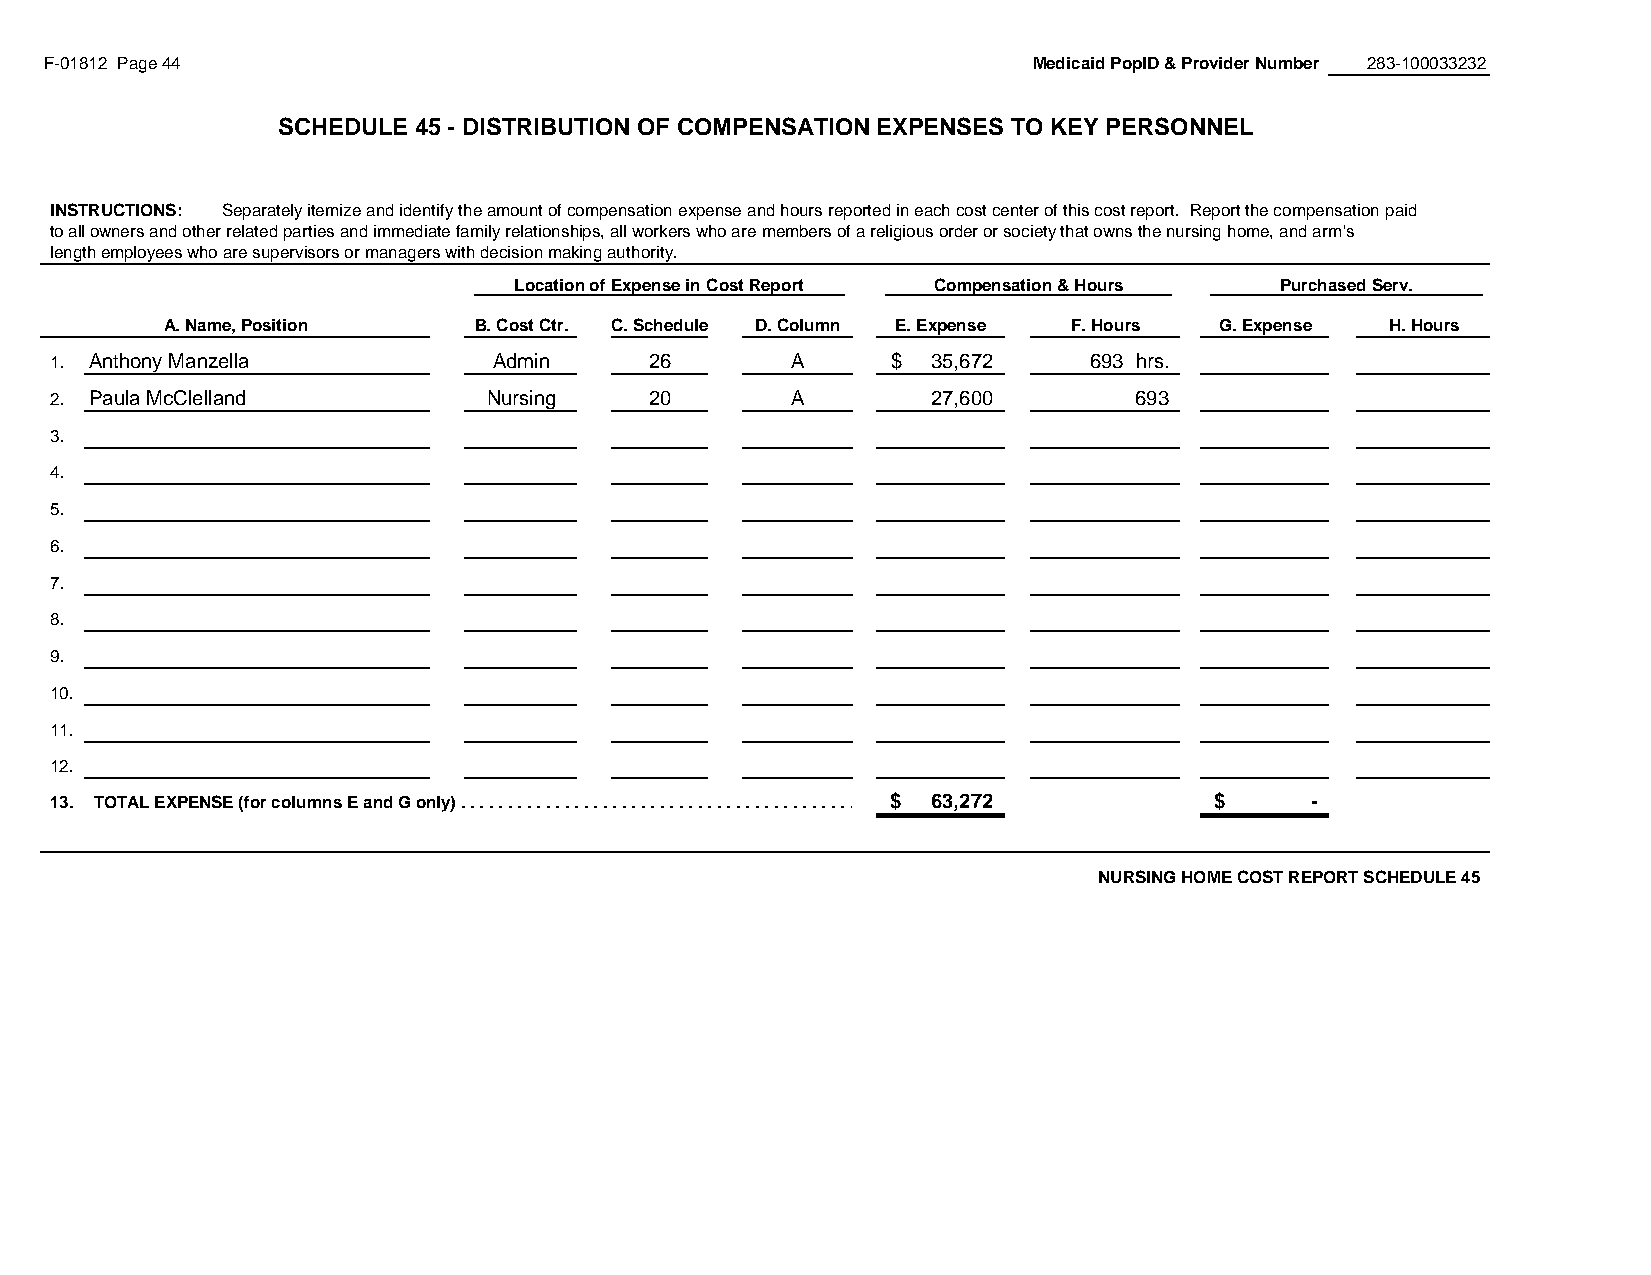
F-01812 Page 44                                                  Medicaid PopID & Provider Number 283-100033232
 SCHEDULE 45 - DISTRIBUTION OF COMPENSATION EXPENSES TO KEY PERSONNEL
 #REF!
 INSTRUCTIONS: Separately itemize and identify the amount of compensation expense and hours reported in each cost center of this cost report. Report the compensation paid
 to all owners and other related parties and immediate family relationships, all workers who are members of a religious order or society that owns the nursing home, and arm's
 length employees who are supervisors or managers with decision making authority.
 Location of Expense in Cost Report Compensation & Hours Purchased Serv.
 A. Name, Position   B. Cost Ctr. C. Schedule D. Column E. Expense F. Hours G. Expense H. Hours
 1. Anthony Manzella           Admin     26       A      $  3 5,672   693 hrs.
 2. Paula McClelland          Nursing    20       A         27,600       6 93
 3.
 4.
 5.
 6.
 7.
 8.
 9.
 10.
 11.
 12.
 13. TOTAL EXPENSE (for columns E and G only) . . . . . . . . . . . . . . . . . . . . . . . . . . . . . . . . . . . . . . . . . . . . . .$ . . . . 6 . 3. ,.2 . 7. 2. . . . . . . . . . . . . . . . . . . . . . . . .$ . . . . . . . . . . - . . . . . . . . .
 NURSING HOME COST REPORT SCHEDULE 45